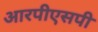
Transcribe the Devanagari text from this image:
आरपीएसपी